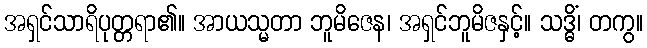
အရှင်သာရိပုတ္တရာ၏။ အာယသ္မတာ ဘူမိဇေန၊ အရှင်ဘူမိဇနှင့်။ သဒ္ဓိံ၊ တကွ။